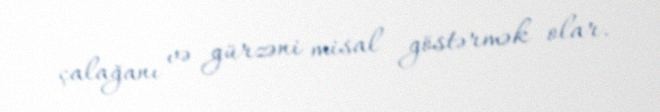
çalağanı və gürzəni misal göstərmək olar.